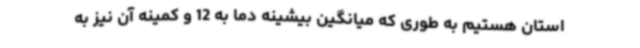
استان هستیم به طوری که میانگین بیشینه دما به 12 و کمینه آن نیز به